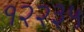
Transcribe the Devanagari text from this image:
१२२३५